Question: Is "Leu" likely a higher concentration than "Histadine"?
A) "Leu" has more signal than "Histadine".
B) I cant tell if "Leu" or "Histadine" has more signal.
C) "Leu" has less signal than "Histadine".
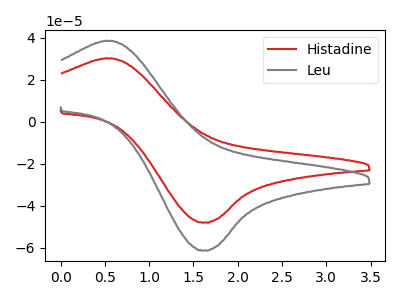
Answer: <think>The red curve "Histadine" has an anodic peak at (0.55V, 30.05uA) and a cathodic peak at (1.65V, -48.05uA). The gray curve "Leu" has an anodic peak at (0.55V, 38.35uA) and a cathodic peak at (1.65V, -61.35uA).
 All the peaks in "Leu" have a peak in "Histadine" at the same potential. Every peak in "Leu" is higher than every peak in "Histadine".</think>
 <answer>A) "Leu" has more signal than "Histadine".</answer>
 <eval>A</eval>